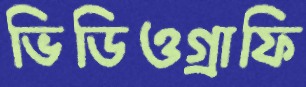
ভিডিওগ্রাফি